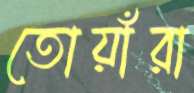
তোয়াঁরা